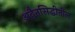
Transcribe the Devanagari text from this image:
अद्वैतसिद्धीतील